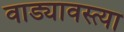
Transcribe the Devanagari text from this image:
वाड्यावस्त्या